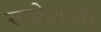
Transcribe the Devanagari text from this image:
रूसेफची